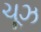
ચૂઝ